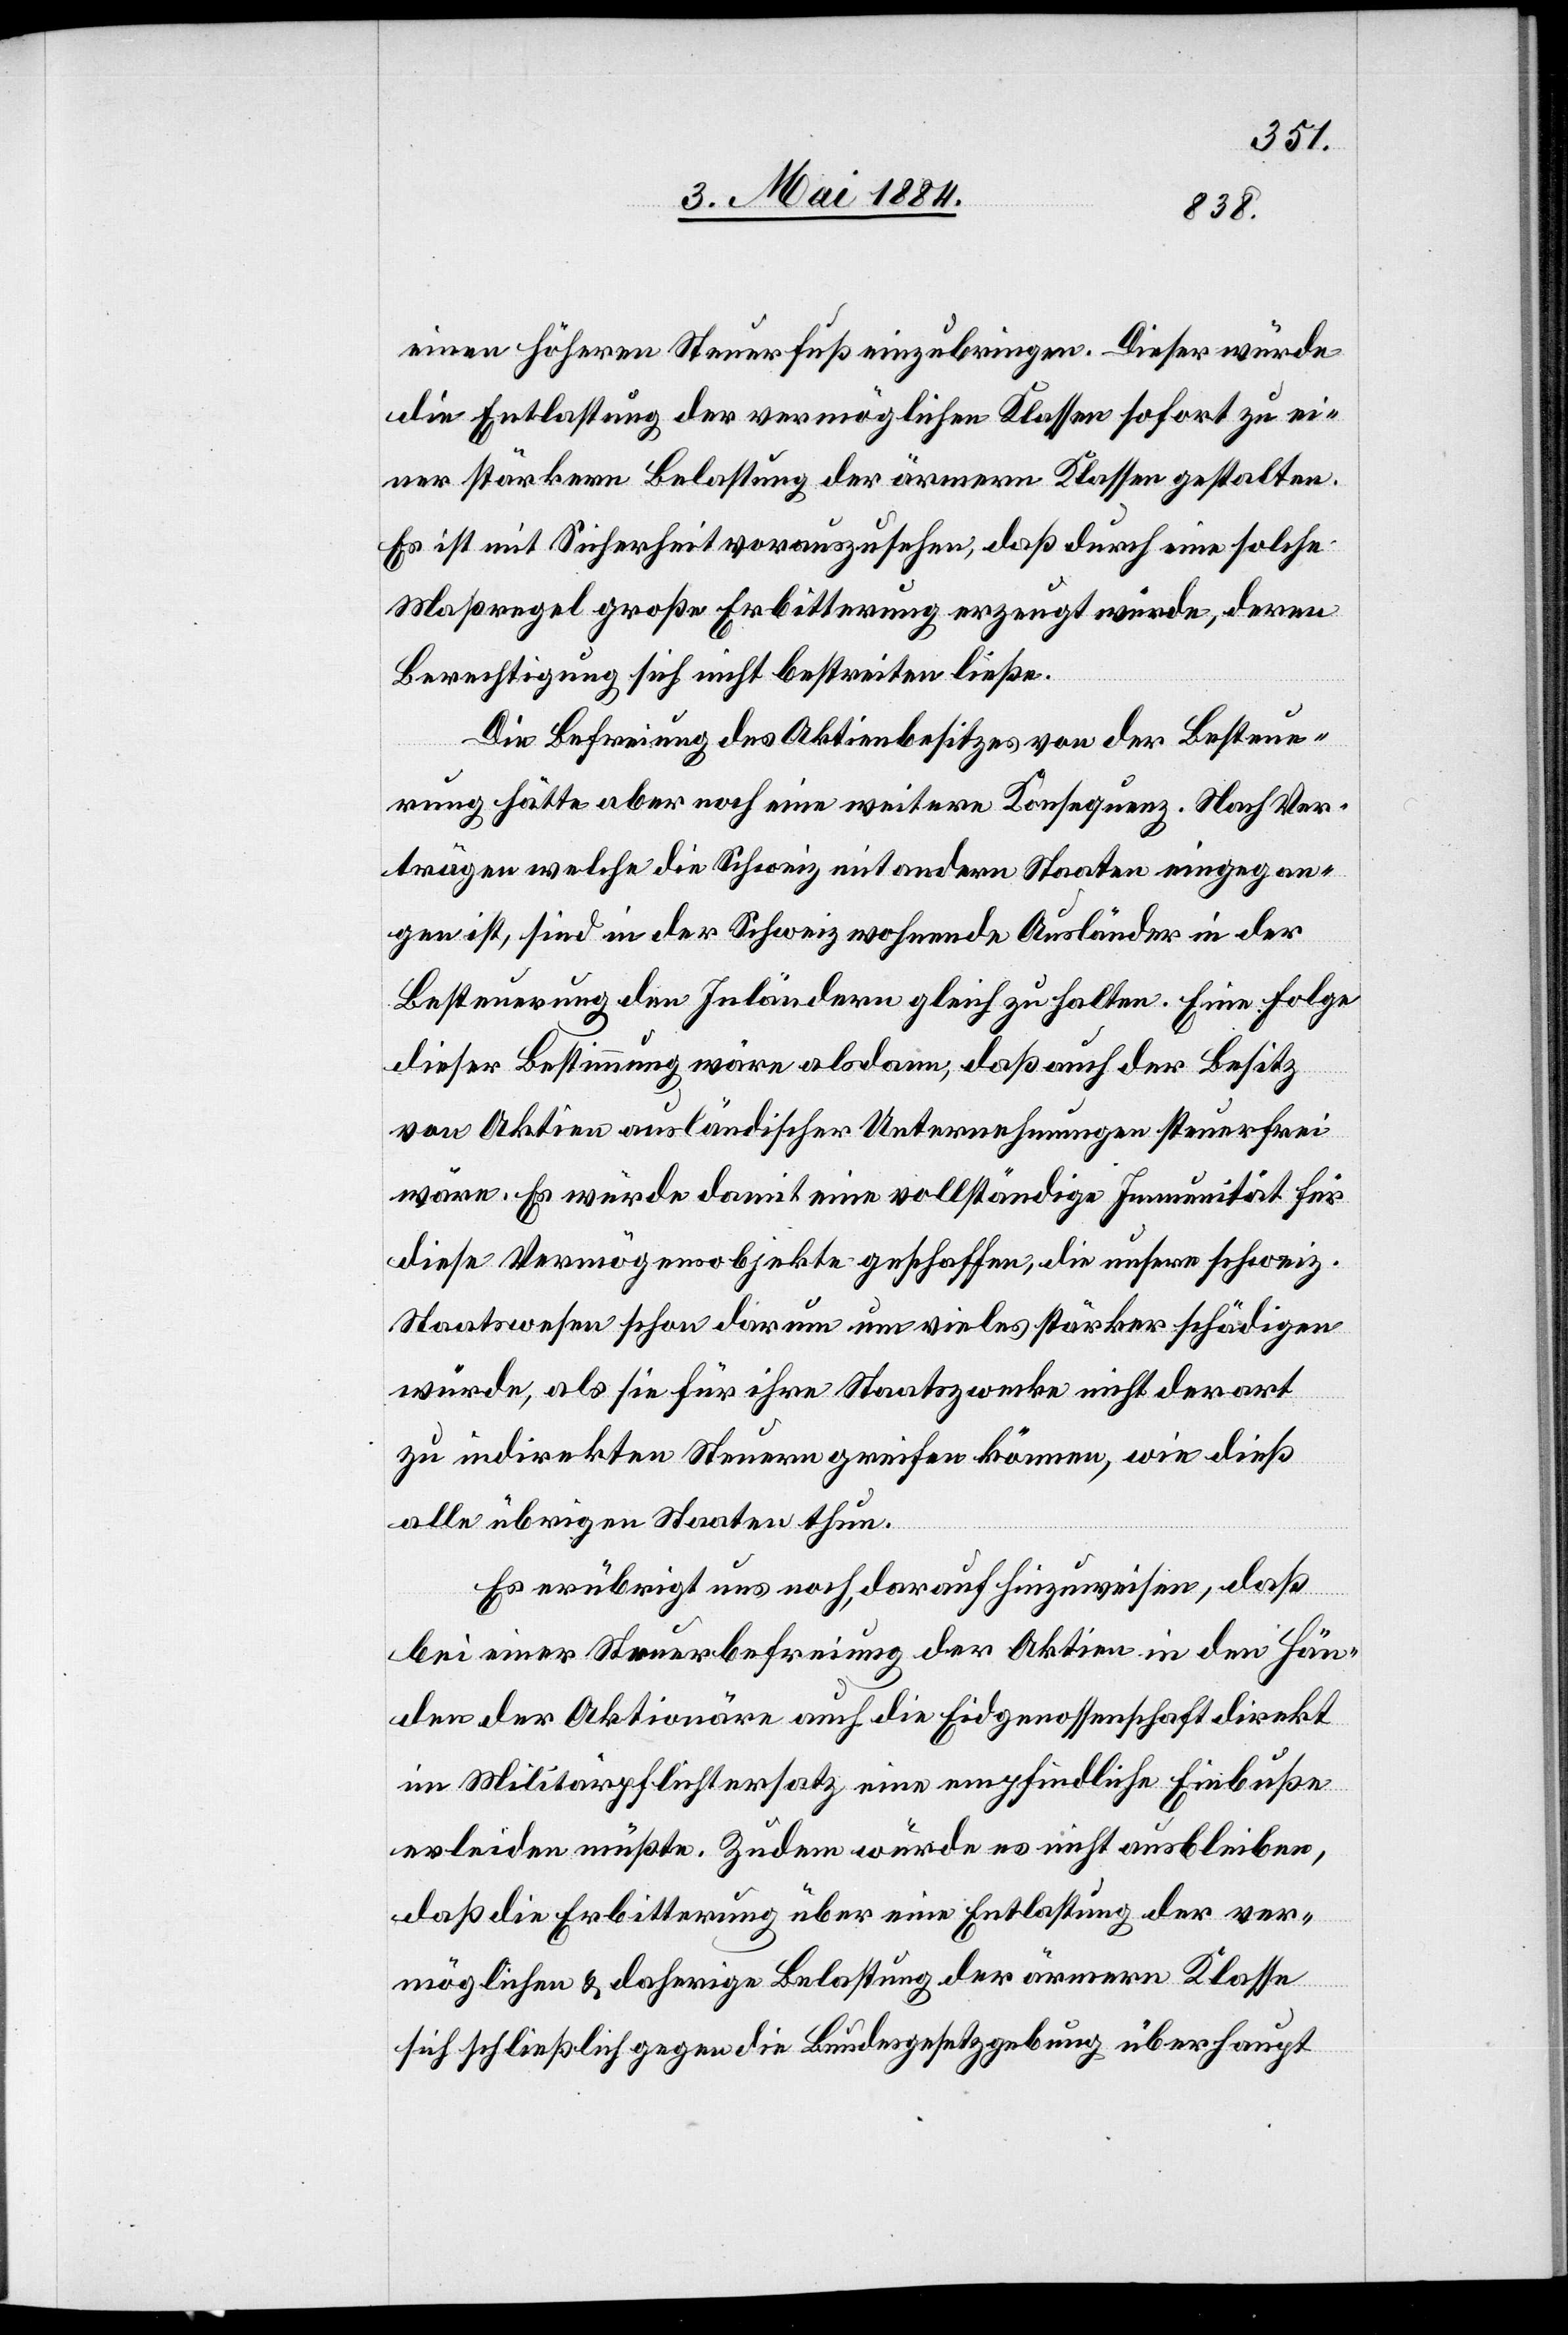
einen höheren Steuerfuß einzubringen. Dieser würde
die Entlastung der vermöglichen Klassen sofort zu ei¬
ner stärkern Belastung der ärmern Klassen gestalten.
Es ist mit Sicherheit vorauszusehen, daß durch eine solche
Maßregel große Erbitterung erzeugt würde, deren
Berechtigung sich nicht bestreiten ließe.
Die Befreiung des Aktienbesitzes von der Besteue¬
rung hätte aber noch eine weitere Konsequenz. Nach Ver¬
träge welche die Schweiz mit andern Staaten eingegan¬
gen ist, sind in der Schweiz wohnende Ausländer in der
Besteuerung der Inländer gleich zu halten. Eine Folge
dieser Bestimmung wäre als dann, daß auch der Besitz
von Aktien ausländischer Unternehmungen steuerfrei
wäre. Es würde damit eine vollständige Immunität für
diese Vermögensobjekte geschaffen, die unsere [sic!] schweiz.
Staatswesen schon darum um vieles stärker schädigen
würde, als sie für ihre Staatszwecke nicht derart
zu indirekten Steuern greifen können, wie dieß
alle übrigen Staaten thun.
Es erübrigt uns noch, darauf hinzuweisen, daß
bei einer Steuerbefreiung der Aktien in den Hän¬
den der Aktionäre auch die Eidgenossenschaft direkt
im Militärpflichtersatz eine empfindliche Einbuße
erleiden müßte. Zudem würde es nicht ausbleiben,
daß die Erbitterung über eine Entlastung der ver¬
möglichen & daherige Belastung der ärmern Klasse
sich schließlich gegen die Bundesgesetzgebung überhaupt